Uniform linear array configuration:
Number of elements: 4
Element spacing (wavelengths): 0.5
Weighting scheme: exponential
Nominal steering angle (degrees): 60
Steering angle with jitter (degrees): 61.457
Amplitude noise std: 0.05
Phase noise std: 0.05

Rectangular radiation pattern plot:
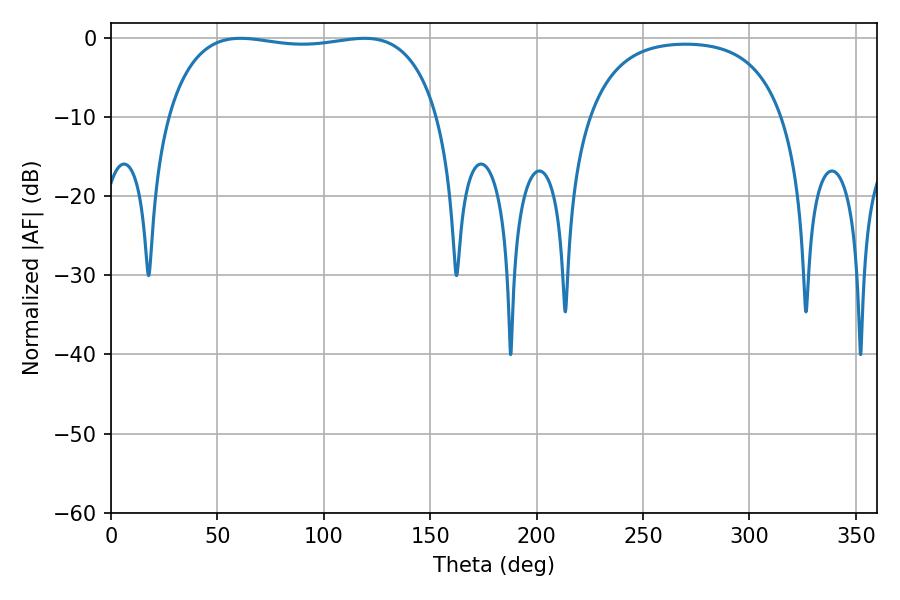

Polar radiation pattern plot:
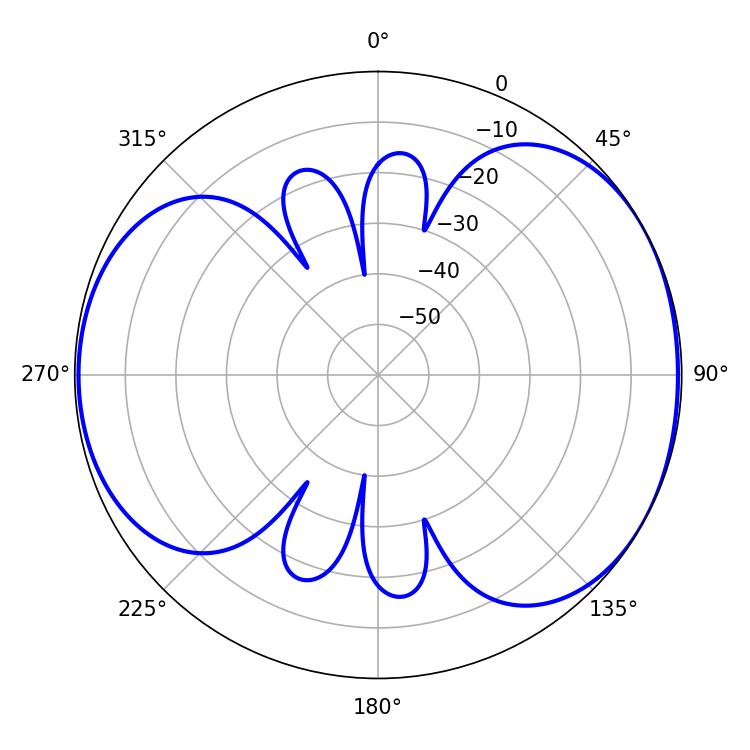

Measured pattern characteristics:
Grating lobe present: FALSE
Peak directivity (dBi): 5.202
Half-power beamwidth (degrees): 102.24
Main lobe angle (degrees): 60.84